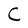
Character: C